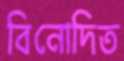
বিনোদিত